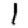
Digit: 1